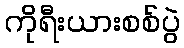
ကိုရီးယားစစ်ပွဲ